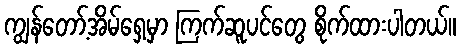
ကျွန်တော့်အိမ်ရှေ့မှာ ကြက်ဆူပင်တွေ စိုက်ထားပါတယ်။